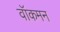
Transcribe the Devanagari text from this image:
वॉकमन